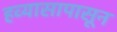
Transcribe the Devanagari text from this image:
हव्यासापासून